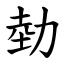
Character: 勎